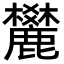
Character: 𪋤